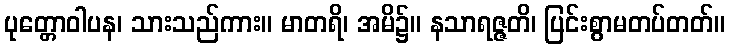
ပုတ္တောဝါပန၊ သားသည်ကား။ မာတရိ၊ အမိ၌။ နသာရဇ္ဇတိ၊ ပြင်းစွာမတပ်တတ်။